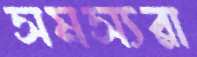
সমস্যরা